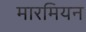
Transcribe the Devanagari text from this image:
मारमियन